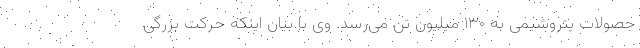
حصولات پتروشیمی به ۱۳۰ میلیون تن می‌رسد. وی با بیان اینکه حرکت بزرگی